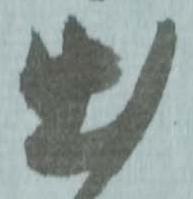
出